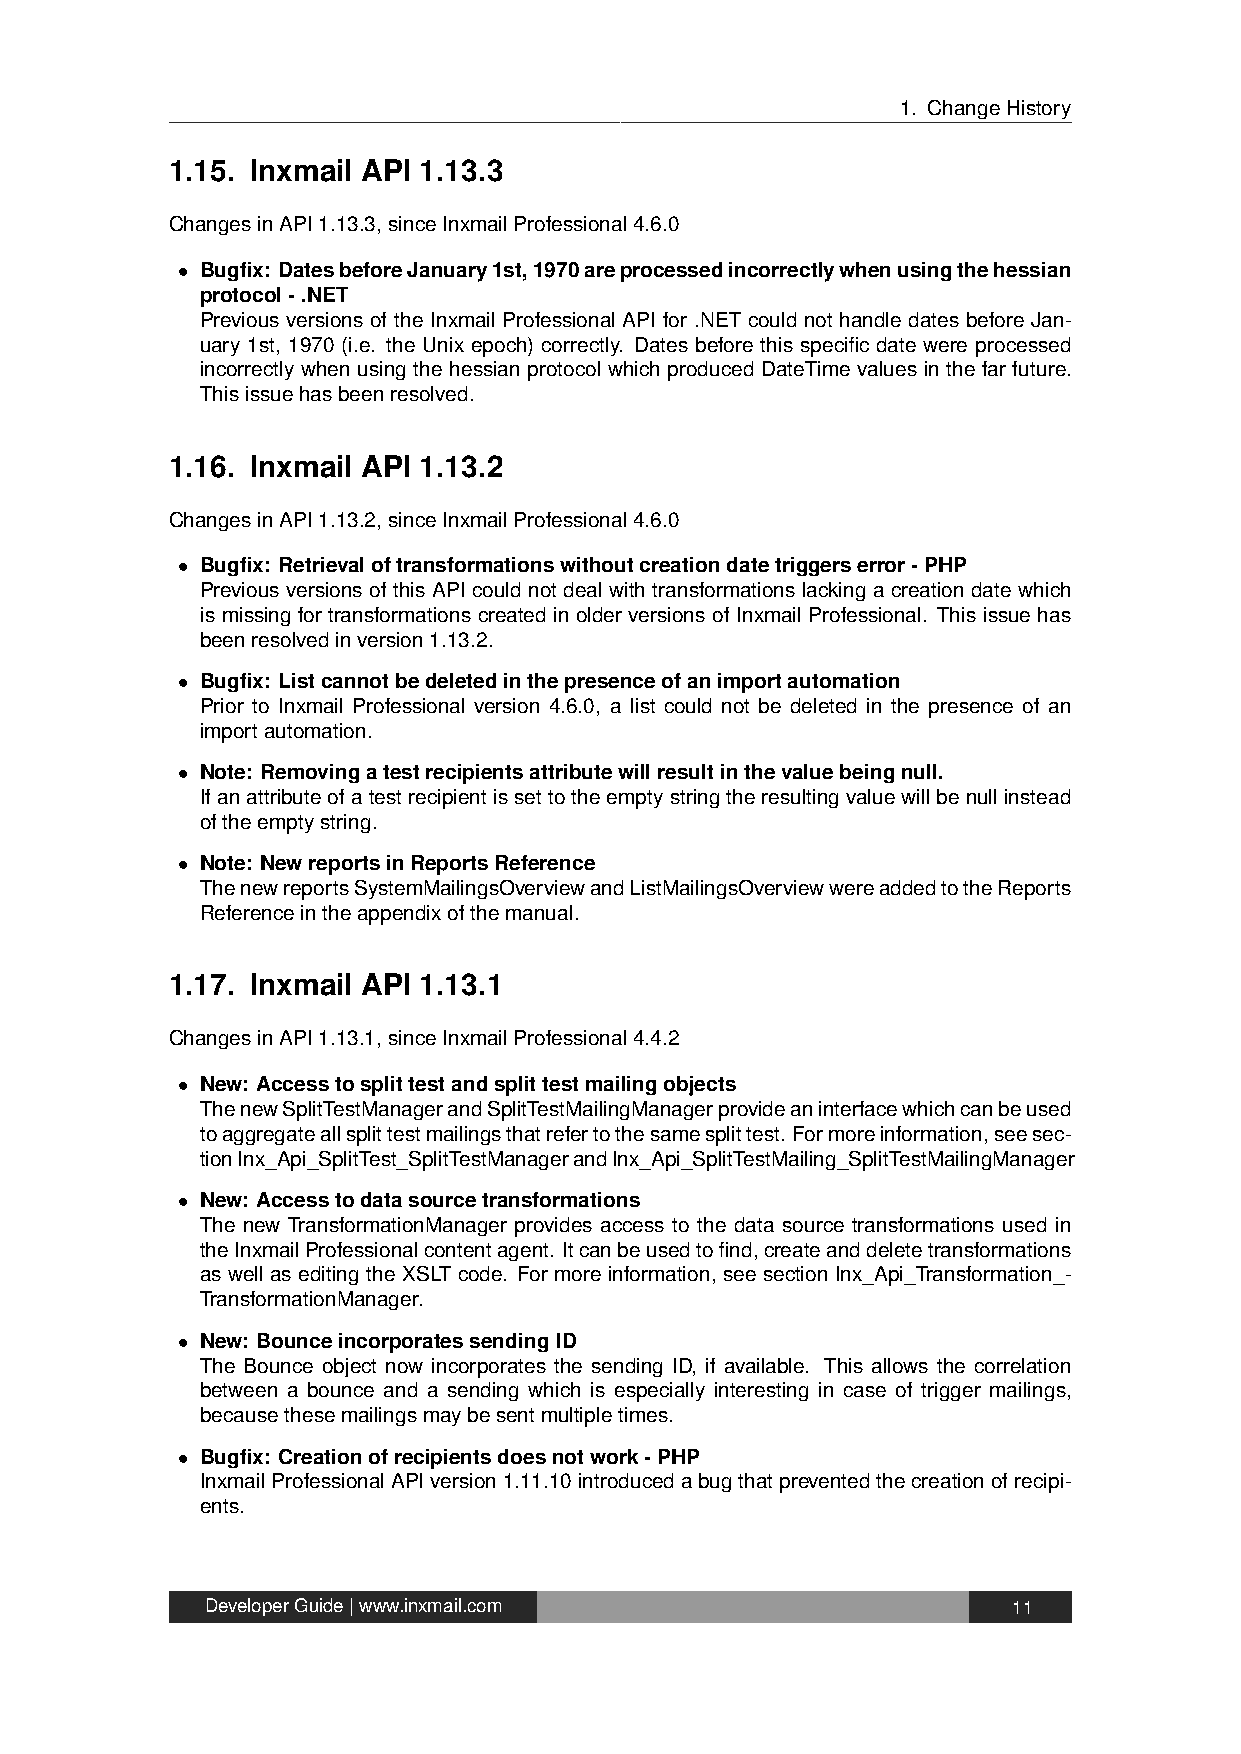
1. ChangeHistory
 1.15. Inxmail API 1.13.3
 ChangesinAPI1.13.3,sinceInxmailProfessional4.6.0
 • Bugfix: DatesbeforeJanuary1st,1970areprocessedincorrectlywhenusingthehessian
 protocol-.NET
 Previous versions of the Inxmail Professional API for .NET could not handle dates before Jan-
 uary 1st, 1970 (i.e. the Unix epoch) correctly. Dates before this specific date were processed
 incorrectly when using the hessian protocol which produced DateTime values in the far future.
 Thisissuehasbeenresolved.
 1.16. Inxmail API 1.13.2
 ChangesinAPI1.13.2,sinceInxmailProfessional4.6.0
 • Bugfix: Retrievaloftransformationswithoutcreationdatetriggerserror-PHP
 Previous versions of this API could not deal with transformations lacking a creation date which
 is missing for transformations created in older versions of Inxmail Professional. This issue has
 beenresolvedinversion1.13.2.
 • Bugfix: Listcannotbedeletedinthepresenceofanimportautomation
 Prior to Inxmail Professional version 4.6.0, a list could not be deleted in the presence of an
 importautomation.
 • Note: Removingatestrecipientsattributewillresultinthevaluebeingnull.
 Ifanattributeofatestrecipientissettotheemptystringtheresultingvaluewillbenullinstead
 oftheemptystring.
 • Note: NewreportsinReportsReference
 ThenewreportsSystemMailingsOverviewandListMailingsOverviewwereaddedtotheReports
 Referenceintheappendixofthemanual.
 1.17. Inxmail API 1.13.1
 ChangesinAPI1.13.1,sinceInxmailProfessional4.4.2
 • New: Accesstosplittestandsplittestmailingobjects
 ThenewSplitTestManagerandSplitTestMailingManagerprovideaninterfacewhichcanbeused
 toaggregateallsplittestmailingsthatrefertothesamesplittest. Formoreinformation,seesec-
 tionInx_Api_SplitTest_SplitTestManagerandInx_Api_SplitTestMailing_SplitTestMailingManager
 • New: Accesstodatasourcetransformations
 The new TransformationManager provides access to the data source transformations used in
 theInxmailProfessionalcontentagent. Itcanbeusedtofind,createanddeletetransformations
 as well as editing the XSLT code. For more information, see section Inx_Api_Transformation_-
 TransformationManager.
 • New: BounceincorporatessendingID
 The Bounce object now incorporates the sending ID, if available. This allows the correlation
 between a bounce and a sending which is especially interesting in case of trigger mailings,
 becausethesemailingsmaybesentmultipletimes.
 • Bugfix: Creationofrecipientsdoesnotwork-PHP
 InxmailProfessionalAPIversion1.11.10introducedabugthatpreventedthecreationofrecipi-
 ents.
 DeveloperGuide|www.inxmail.com                       11